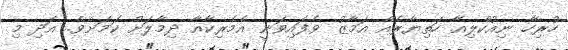
ހުރިހާ ނިއުކްލިއާ ހަތިޔާރެއް އަމާޒު ވެފައިވަނީ އެމެރިކާއާ ދިމާލަށް ކަމަށެވެ. އަދި މި